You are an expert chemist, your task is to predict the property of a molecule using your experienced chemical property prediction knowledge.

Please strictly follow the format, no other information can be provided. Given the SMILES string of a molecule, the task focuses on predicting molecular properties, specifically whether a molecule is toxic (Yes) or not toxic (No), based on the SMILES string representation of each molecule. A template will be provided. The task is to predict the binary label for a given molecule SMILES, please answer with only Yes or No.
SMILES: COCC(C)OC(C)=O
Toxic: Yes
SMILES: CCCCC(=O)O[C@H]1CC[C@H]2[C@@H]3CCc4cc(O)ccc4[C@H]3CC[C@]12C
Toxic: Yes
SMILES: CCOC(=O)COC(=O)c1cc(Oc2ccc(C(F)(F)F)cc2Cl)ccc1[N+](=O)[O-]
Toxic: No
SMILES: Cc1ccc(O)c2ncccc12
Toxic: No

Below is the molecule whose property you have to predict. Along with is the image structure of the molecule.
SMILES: Cc1c(F)c(F)c(COC(=O)C2C(/C=C(\Cl)C(F)(F)F)C2(C)C)c(F)c1F
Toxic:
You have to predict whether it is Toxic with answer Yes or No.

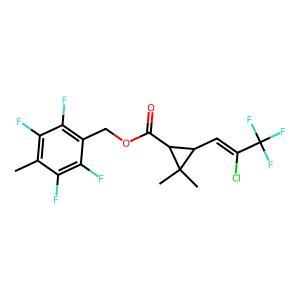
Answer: No